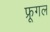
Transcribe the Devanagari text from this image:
फ्रूगल